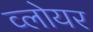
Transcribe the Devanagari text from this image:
व्लोयर